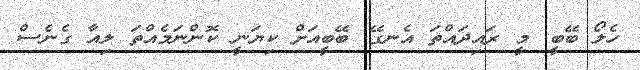
ހެލޯ ބޭބީ. މީ ރައިދައްތަ އެނގޭ. ބޭބީއަށް ކިޔަނީ ކޮންނަމެއްތަ ލިއާ ގެނެސް